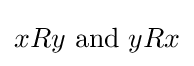
xRy{\text{ and }}yRx